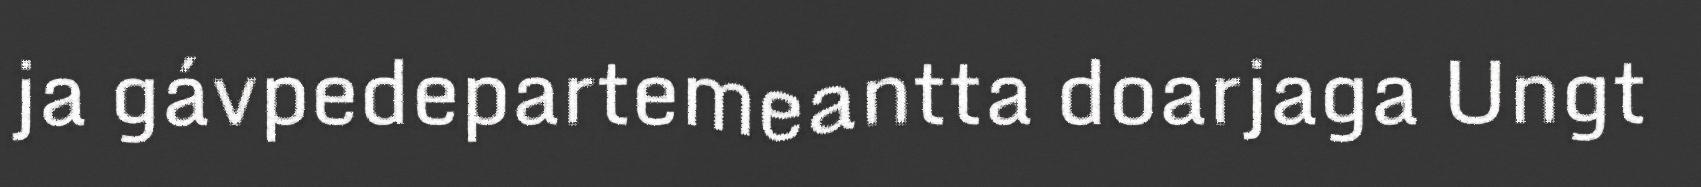
ja gávpedepartemeantta doarjaga Ungt